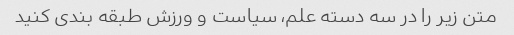
متن زیر را در سه دسته علم، سیاست و ورزش طبقه بندی کنید